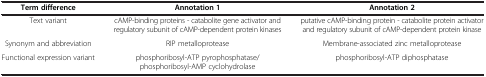
<table><thead><tr><td><b>Term difference</b></td><td><b>Annotation 1</b></td><td><b>Annotation 2</b></td></tr></thead><tbody><tr><td>Text variant</td><td>cAMP-binding proteins - catabolite gene activator and regulatory subunit of cAMP-dependent protein kinases</td><td>putative cAMP-binding protein - catabolite protein activator and regulatory subunit of cAMP-dependent protein kinase</td></tr><tr><td>Synonym and abbreviation</td><td>RIP metalloprotease</td><td>Membrane-associated zinc metalloprotease</td></tr><tr><td>Functional expression variant</td><td>phosphoribosyl-ATP pyrophosphatase/phosphoribosyl-AMP cyclohydrolase</td><td>phosphoribosyl-ATP diphosphatase</td></tr></tbody></table>